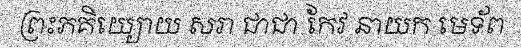
ព្រះភគិយ្យោយ សរា ជាជា កែវ នាយក មេទ័ព